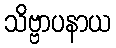
သိဗ္ဗာပနာယ